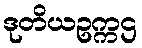
ဒုတိယဥက္ကဌ